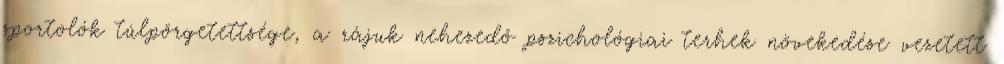
sportolók túlpörgetettsége, a rájuk nehezedő pszichológiai terhek növekedése vezetett